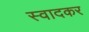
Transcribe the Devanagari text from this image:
स्वादकर